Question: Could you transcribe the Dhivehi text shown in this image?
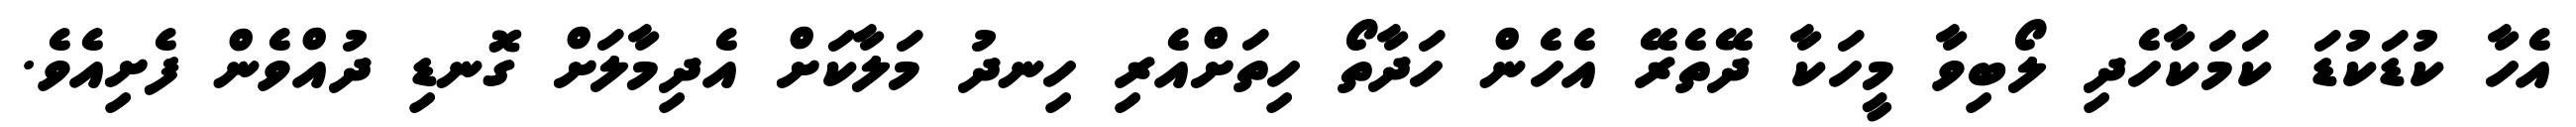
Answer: އެހާ ކުޑަކުޑަ ކަމަކާހެދި ލޯބިވާ މީހަކާ ދޭތެރޭ އެހެން ހަދާތޯ ހިތަށްއެރި ހިނދު މަލާކަށް އެދިމާލަށް ގޮނޑި ދުއްވެން ފެށިއެވެ.